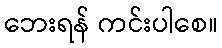
ဘေးရန် ကင်းပါစေ။